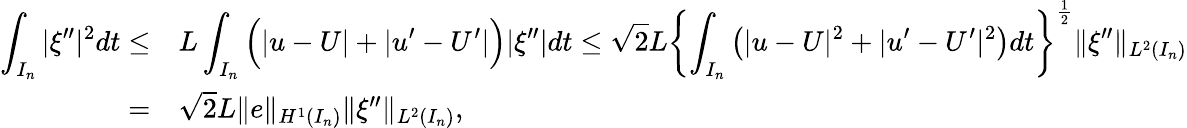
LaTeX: \begin{array}{rl}{\displaystyle\int_{I_{n}}|\xi^{\prime\prime}|^{2}dt\le}&{L\displaystyle\int_{I_{n}}\Big(|u-U|+|u^{\prime}-U^{\prime}|\Big)|\xi^{\prime\prime}|dt\leq\sqrt{2}L\left\{ \displaystyle\int_{I_{n}}\left(|u-U|^{2}+|u^{\prime}-U^{\prime}|^{2}\right)dt\right\} ^{\frac{1}{2}}\| \xi^{\prime\prime}\| _{L^{2}(I_{n})}}\\ {=}&{\sqrt{2}L\| e\| _{H^{1}(I_{n})}\| \xi^{\prime\prime}\| _{L^{2}(I_{n})},}\end{array}